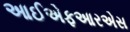
આઈએફઆરએસ